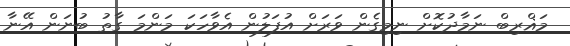
މަޣްރިބް ނަމާދުކޮށް ނިމިގެން ވަރަށް އުފަލުން އެވާހަކަ މަންމަ ގާތު ބުނަން އޭނާ